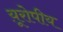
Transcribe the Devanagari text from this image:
य़ूरोपीय